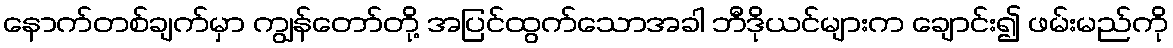
နောက်တစ်ချက်မှာ ကျွန်တော်တို့ အပြင်ထွက်သောအခါ ဘီဒိုယင်များက ချောင်း၍ ဖမ်းမည်ကို